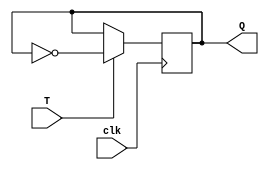
module t_flip_flop (
    input T, //toggle input
    input clk, //clock input
    output reg Q //output
);

always @(posedge clk) begin
    if (T) begin
        Q <= ~Q; //toggle Q on rising edge of clock if T is high
    end
end

endmodule